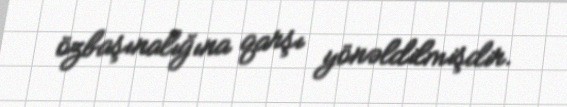
özbaşınalığına qarşı yönəldilmişdir.